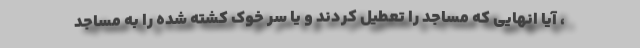
، آیا انهایی که مساجد را تعطیل کردند و یا سر خوک کشته شده را به مساجد